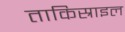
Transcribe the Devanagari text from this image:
ताकिस्राइल